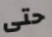
حتى